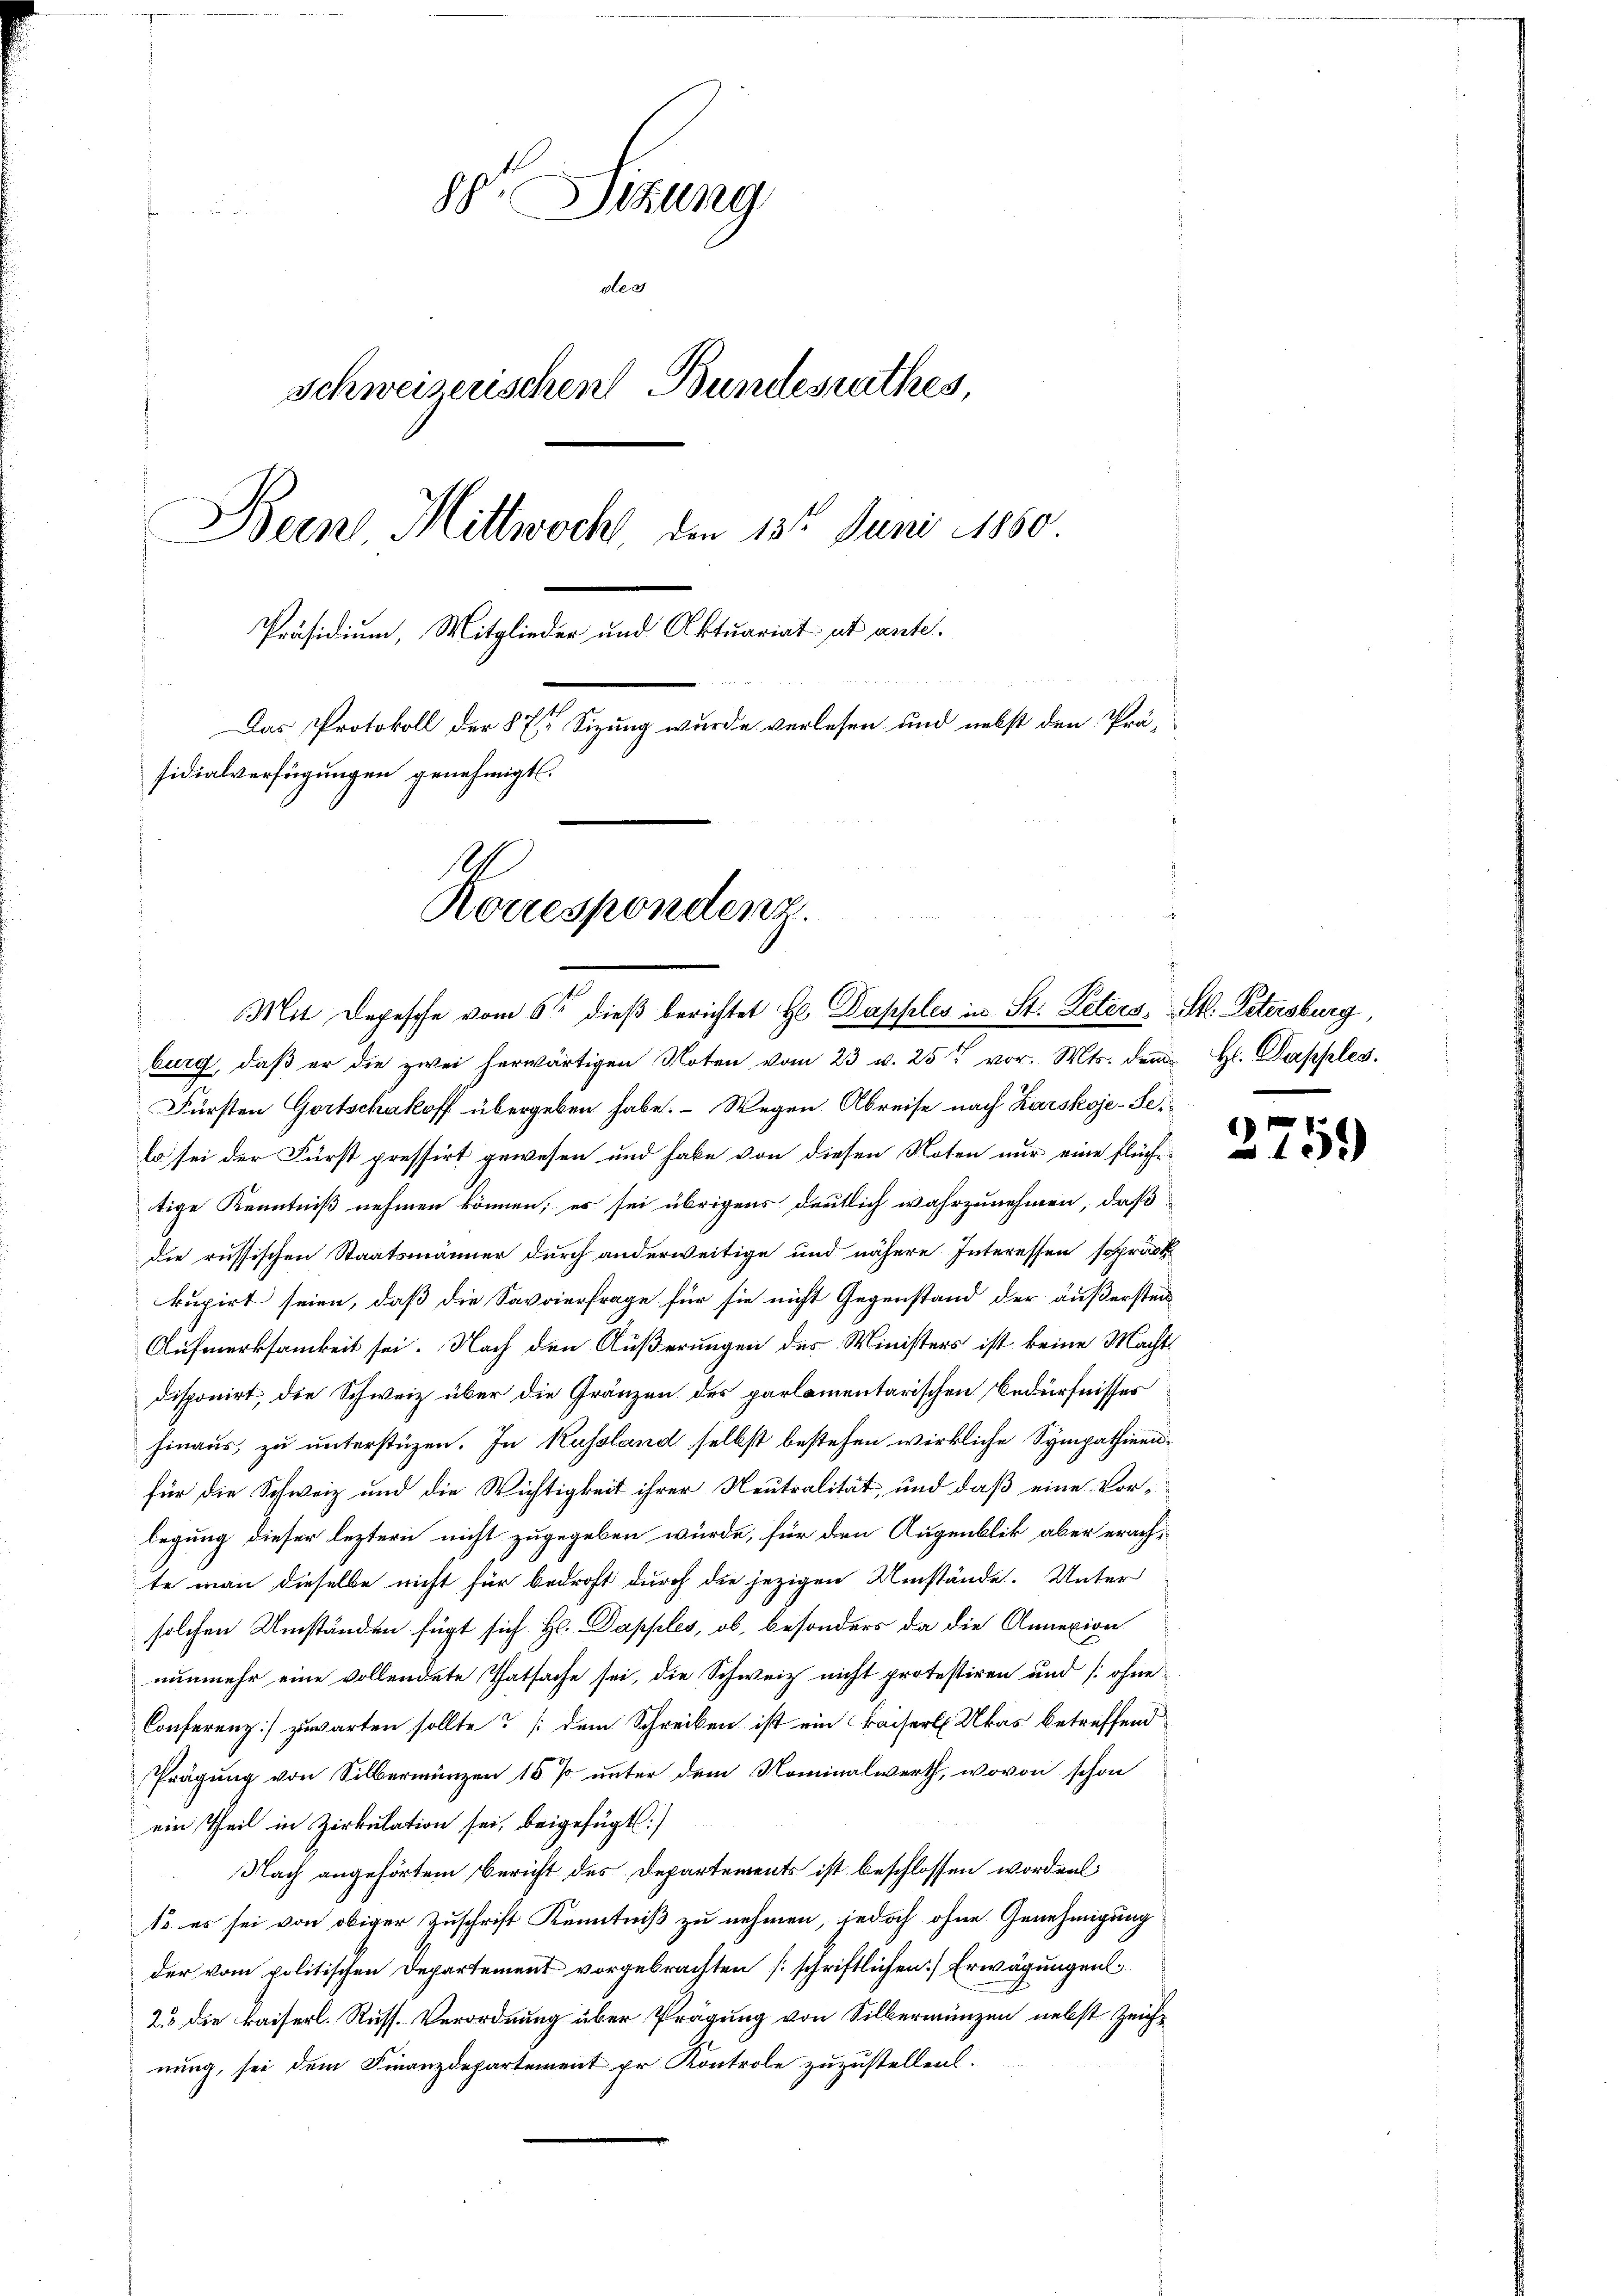
88. Sitzung
.
des
Schweiserischen Bundesrathes,
Beine Mittwoch den 13t Juni 1880
Präsidium, Mitglieder und Aktuariat et ante.
Das Protokoll der § 7 Sizung wurde verlesen und nebst den Präsidialverfügungen genehmigt.
Korrespondenz.

Mit Depesche vom 6ten dieβ berichtet Hr. Dapples in St. Peters, St. Petersburg,
burg, daß er die zwei herwärtigen Noten vom 23. v. 25t vor. Mts. den H. Dapples.

Fürsten Gortschakoff übergeben habe. Wegen Abreise nach Zarskoje-Selo sei der Fürst pressirt gewesen und habe von diesen Noten nur eine Flüche
tige Kenntniß nehmen können; es sei übrigens deutlich wahrzunehmen, daß
die russischen Staatsmänner durch anderweitige und nähere Interessen sopract
kupirt seien, daß die Savoierfrage für sie nicht Gegenstand der außerstei
Aufmerksamkeit sei. Nach den Äußerungen des Ministers ist keine Macht
disponirt, die Schweiz über die Gränzen des parlamentarischen Bedürfnisses
hinaus, zu unterstüzen. In Kussland selbst bestehen wirkliche Sympathieenfür die Schweiz und die Wichtigkeit ihrer Neutralität, und daß eine Vorlegung dieser leztern nicht zugegeben würde, für den Augenblik aber erachte man dieselbe nicht für bedroht durch die jezigen Umstände. Unter
solchen Umständen fügt sich H. Dapples, ob, besonders da die Annexion
nunmehr eine vollendete Thatsache sei, die Schweiz nicht protestiren und ohne
Conferenz] zuwarten sollte? (dem Schreiben ist ein Kaiserl Ukas betreffend
Prägung von Silbermünzen 15 % unter dem Nominalwerth, wovon schon
ein Theil in Zirkulation sei, beigefügt:
Nach angehörtem Bericht des Departements ist beschlossen worden
1o es sei von obiger Zuschrift Kenntniß zu nehmen, jedoch ohne Genehmigung
der vom politischen Departement vorgebrachten [schriftlichen] Erwägungen
23 die kaiserl. Russ. Verordnung über Prägung von Silbermünzen nebst Zeichnung, sei dem Finanzdepartement pr Kontrole zuzustellen.

)
159)